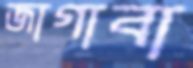
জাগাবা